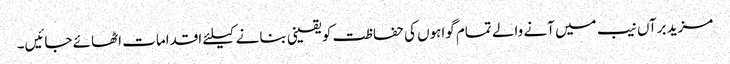
مزید برآں نیب میں آنے والے تمام گواہوں کی حفاظت کو یقینی بنانے کیلئے اقدامات اٹھائے جائیں۔